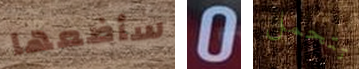
سأضعها 0 تتحمل